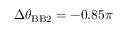
\Delta \theta _ { \mathrm { B B 2 } } = - 0 . 8 5 \pi